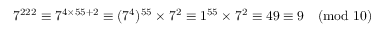
7 ^ { 2 2 2 } \equiv 7 ^ { 4 \times 5 5 + 2 } \equiv ( 7 ^ { 4 } ) ^ { 5 5 } \times 7 ^ { 2 } \equiv 1 ^ { 5 5 } \times 7 ^ { 2 } \equiv 4 9 \equiv 9 { \pmod { 1 0 } }